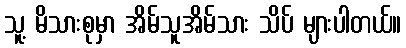
သူ့ မိသားစုမှာ အိမ်သူအိမ်သား သိပ် များပါတယ်။